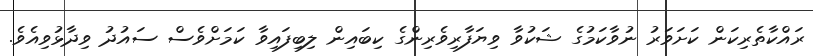
ރައްކާތެރިކަން ކަށަވަރު ނުވާކަމުގެ ޝަކުވާ ވިޔަފާރިވެރިންގެ ކިބައިން ލިބިފައިވާ ކަމަށްވެސް ސައުދު ވިދާޅުވިއެވެ.